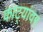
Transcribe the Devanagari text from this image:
काट्यांवर